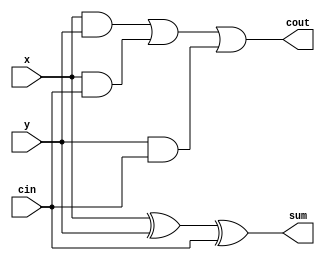
module fullAdder(x, y, cin, cout, sum);
  input  x, y , cin;
  output cout, sum;
  wire w1, w2, w3;
  
  and(w1, x, y);
  and(w2, x, cin);
  and(w3, y, cin);
  xor(sum, x, y, cin);
  or(cout, w1, w2, w3);
  
endmodule

module fullAdder_8bit(x, y, cin, cout, sum);
  input cin;
  input [7:0]x, y;
  output [7:0]sum;
  output cout;
  wire [6:0]c;
  
  fullAdder f1(.x(x[0]), .y(y[0]), .cin(cin), .cout(c[0]), .sum(sum[0]));
  fullAdder f2(.x(x[1]), .y(y[1]), .cin(c[0]), .cout(c[1]), .sum(sum[1]));
  fullAdder f3(.x(x[2]), .y(y[2]), .cin(c[1]), .cout(c[2]), .sum(sum[2]));
  fullAdder f4(.x(x[3]), .y(y[3]), .cin(c[2]), .cout(c[3]), .sum(sum[3]));
  fullAdder f5(.x(x[4]), .y(y[4]), .cin(c[3]), .cout(c[4]), .sum(sum[4]));
  fullAdder f6(.x(x[5]), .y(y[5]), .cin(c[4]), .cout(c[5]), .sum(sum[5]));
  fullAdder f7(.x(x[6]), .y(y[6]), .cin(c[5]), .cout(c[6]), .sum(sum[6]));
  fullAdder f8(.x(x[7]), .y(y[7]), .cin(c[6]), .cout(cout), .sum(sum[7]));
endmodule

module test_bench_fullAdder_8bit;
  reg [7:0]x_t, y_t;
  reg cin_t;
  wire [7:0]sum_t;
  wire cout_t;
  
  fullAdder_8bit test(.x(x_t), .y(y_t), .cin(cin_t), .cout(cout_t), .sum(sum_t));
  initial begin
    $monitor("x=%d, y=%d, cin=%d => cout=%d, sum=%d", x_t, y_t, cin_t, cout_t, sum_t);
    x_t = 8'b01101011; y_t = 8'b01011101; cin_t = 1'b0;
    #10
    x_t = 8'b10000000; y_t = 8'b00100001; cin_t = 1'b0;
    #10
    x_t = 8'b01000000; y_t = 8'b00010001; cin_t = 1'b1;    
  end
endmodule